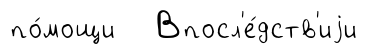
по́мощи Впосл'е́дств'иjи